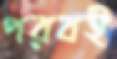
পরবই